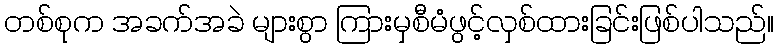
တစ်စုက အခက်အခဲ များစွာ ကြားမှစီမံဖွင့်လှစ်ထားခြင်းဖြစ်ပါသည်။